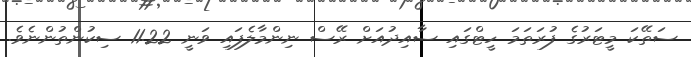
ސަތޭކަ މީޓަރުގެ ފުރަތަމަ ހީޓްގައި ސާއިދުއަށް ރޭސް ނިންމާލެފައި ވަނީ 11.22 ސިކުންތުންނެވެ.